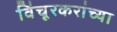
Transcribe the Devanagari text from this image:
विंचूरकरांच्या